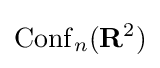
\operatorname {Conf} _{n}(\mathbf {R} ^{2})